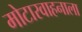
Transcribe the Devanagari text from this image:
मोटारवाहनाला